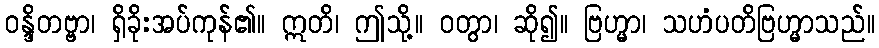
ဝန္ဒိတဗ္ဗာ၊ ရှိခိုးအပ်ကုန်၏။ ဣတိ၊ ဤသို့။ ဝတွာ၊ ဆို၍။ ဗြဟ္မာ၊ သဟံပတိဗြဟ္မာသည်။